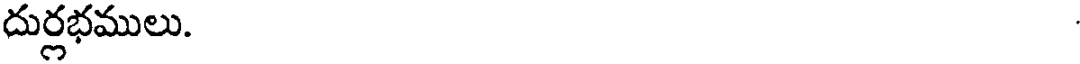
దుర్లభములు.